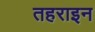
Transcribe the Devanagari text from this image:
तहराइन